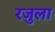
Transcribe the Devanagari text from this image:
रजुला